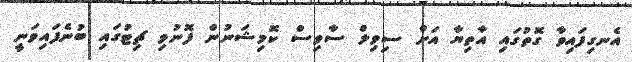
އެނގިފައިވާ ގޮތުގައި އާތިޔާ އަށް ސިިވިލް ސާވިސް ކޮމިޝަނުން ފޮނުވި ޗިޓުގައި ބުނެފައިވަނީ